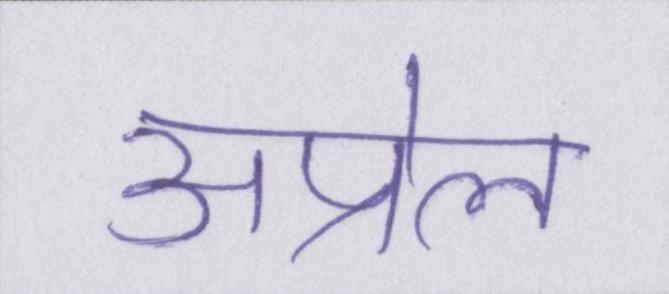
अप्रेल